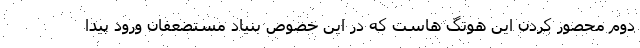
دوم محصور کردن این هوتگ هاست که در این خصوص بنیاد مستضعفان ورود پیدا